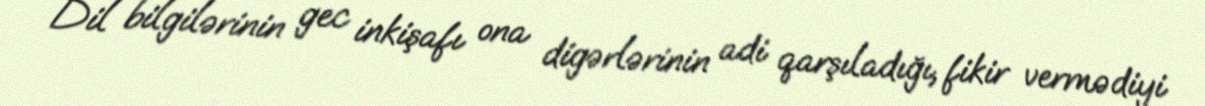
Dil bilgilərinin gec inkişafı ona digərlərinin adi qarşıladığı, fikir vermədiyi